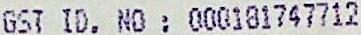
GST ID. NO : 000181747712